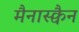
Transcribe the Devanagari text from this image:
मैनास्क्वैन